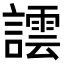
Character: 𧬞